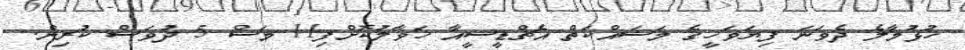
ހުޅުމާލެ ދެވަނަ ފިޔަވަހީގެ މަސައްކަތް އެޗްޑީސީއާ ހަވާލުކޮށްފި11 މަސް 5 ދުވަސް ކުރިން.